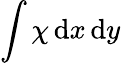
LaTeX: \int\chi\mathop{\mathrm{d}x}\mathop{\mathrm{d}y}